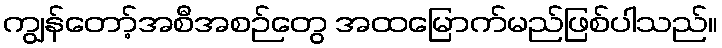
ကျွန်တော့်အစီအစဉ်တွေ အထမြောက်မည်ဖြစ်ပါသည်။